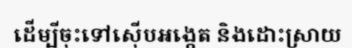
ដើម្បីចុះទៅស៊ើបអង្កេត និងដោះស្រាយ